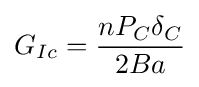
G_{Ic}={\frac {nP_{C}\delta _{C}}{2Ba}}